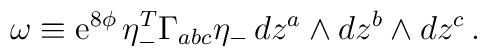
\omega \equiv {\rm e}^{8 \phi}\, \eta_-^T \Gamma_{abc} \eta_- \, dz^a \wedge dz^b \wedge  dz^c\,.